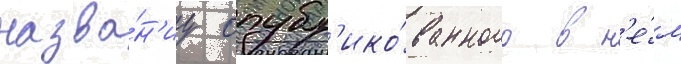
назва́н'иу опубл'ико́ванного в н'е́м